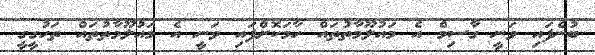
ބުނެފައި ވަނީ ގާސިމް އެ މައުލޫމާތުތައް ހާމަކޮށްފައި ވަނީ އެ މައުލޫމާތުތައް ތަހުގީގީ